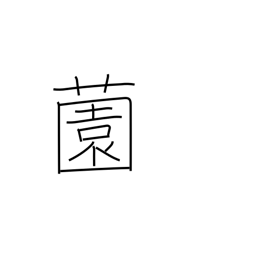
Meaning: yard